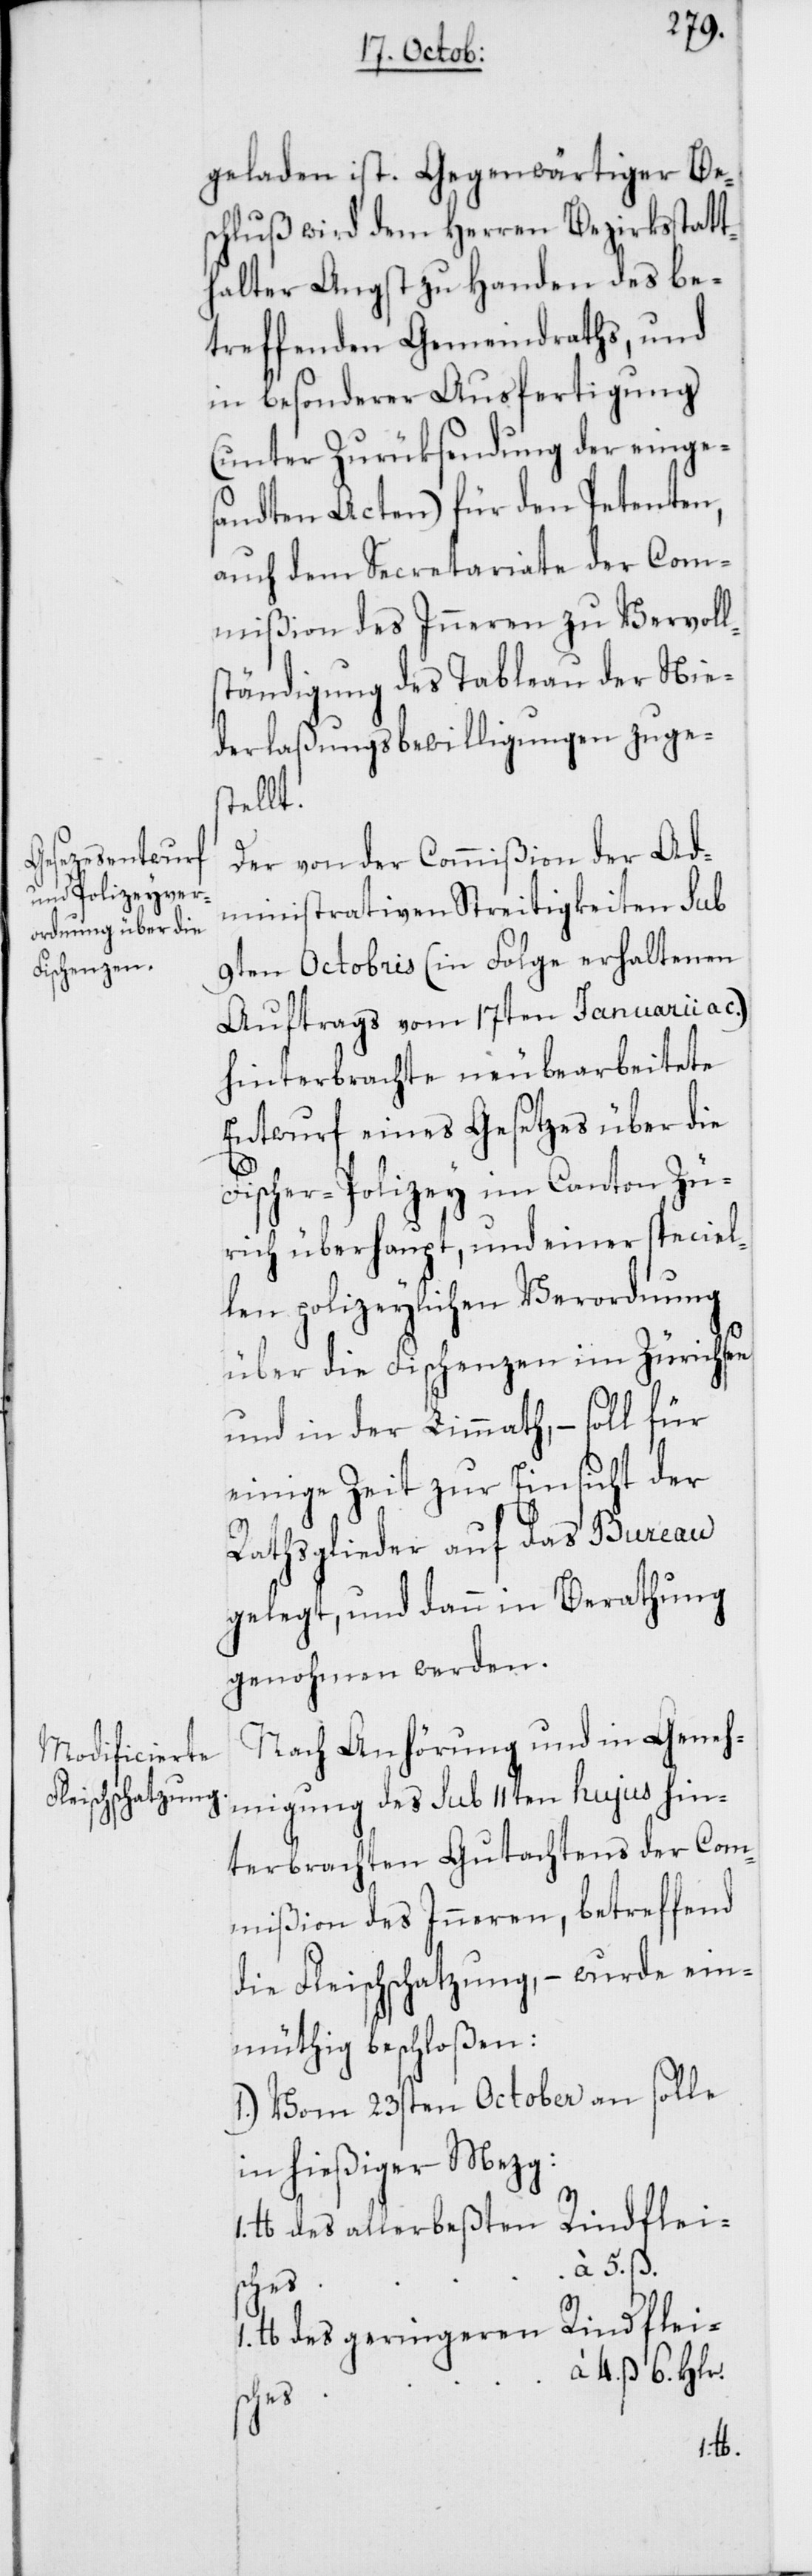
schluß wird dem Herren Bezirksstatt¬
halter Angst zu Handen des be¬
treffenden Gemeindraths, und
in besonderer Ausfertigung
(unter Zurüksendung der einge¬
sandten Acten) für den Petenten,
auch dem Secretariate der Com¬
mißion des Inneren zu Vervoll¬
ständigung des Tableau der Nie¬
derlaßungsbewilligungen zuges¬
tellt.
Gegenwärt¬
Der von der Commißion der Ad¬
ministrativen Streitigkeiten sub
9ten Octobris (in Folge erhaltenen
Auftrags vom 17ten Januarii a.
hinterbrachte neubearbeitete
Entwurf eines Gesetzes über die
Fischer-Polizey im Canton Zü¬
rich überhaupt, und einer speciel¬
len polizeylichen Verordnung
über die Fischenzen im Zürichsee
und in der Limmath, – soll für
einige Zeit zur Einsicht der
Rathsglieder auf das Bureau
gelegt, und dann in Berathung
genohmen werden.
Nach Anhörung und in Genehm¬
terbrachten Gutachtens der Com¬
mißion des Inneren, betreffend
die Fleischschatzung, – wurde ein¬
müthig beschloßen:
1.) Vom 23sten October an solle
in hießiger Mezg:
lb. des allerbeßten Rindflei¬
ches
ß.
1. lb. des geringeren Rindfleis¬
à 4. ß 6. Hlr.
des